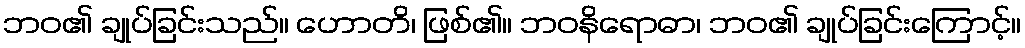
ဘဝ၏ ချုပ်ခြင်းသည်။ ဟောတိ၊ ဖြစ်၏။ ဘဝနိရောဓာ၊ ဘဝ၏ ချုပ်ခြင်းကြောင့်။